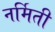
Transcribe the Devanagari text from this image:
नर्मिती